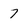
Character: 7